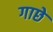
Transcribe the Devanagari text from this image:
गाछे